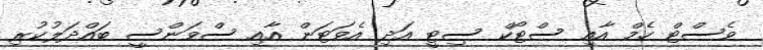
ވެސްޓް ހެމް އާއި ސްޓޯކް ސިޓީ އަދި އެވަޓަން އާއި ސްވަންސީ ބައްދަލުކުރި